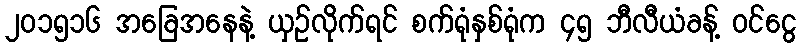
၂၀၁၅၁၆ အခြေအနေနဲ့ ယှဉ်လိုက်ရင် စက်ရုံနှစ်ရုံက ၄၅ ဘီလီယံခန့် ဝင်ငွေ